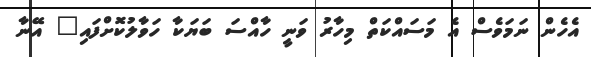
އެހެން ނަމަވެސް އެ މަސައްކަތް މިހާރު ވަނީ ހާއްސަ ބަޔަކާ ހަވާލުކޮށްފައި" އޭނާ